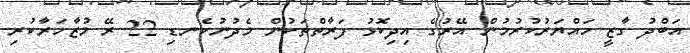
އަބްދު ގާޒީ ހައްޔަރުކުރުމުން އޭރުގެ އިދިކޮޅު ފަރާތްތަކުން މެދުނުކެނޑި 22 ރޭ މުޒާހަރާކުރި